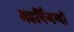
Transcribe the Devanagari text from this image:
महर्षिगणों